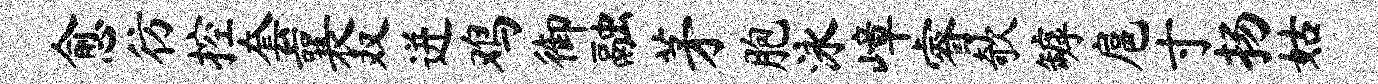
愈彷控套襄双迸鸡御融茅胞泳嶂睿欹罅扈寸扬姑